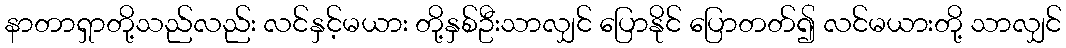
နာတာရှာတို့သည်လည်း လင်နှင့်မယား တို့နှစ်ဦးသာလျှင် ပြောနိုင် ပြောတတ်၍ လင်မယားတို့ သာလျှင်